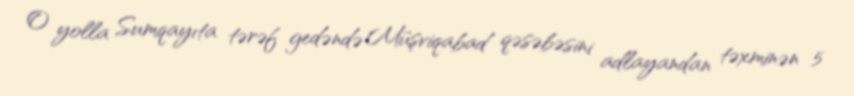
O yolla Sumqayıta tərəf gedəndə Müşviqabad qəsəbəsini adlayandan təxminən 5